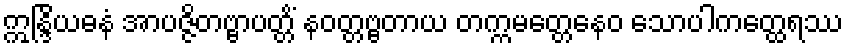
ဣန္ဒြိယဓနံ အာပဇ္ဇိတဗ္ဗာပတ္တိံ နဝတ္တဗ္ဗတာယ တက္ကမတ္တေနေဝ သောပါကတ္ထေရဿ